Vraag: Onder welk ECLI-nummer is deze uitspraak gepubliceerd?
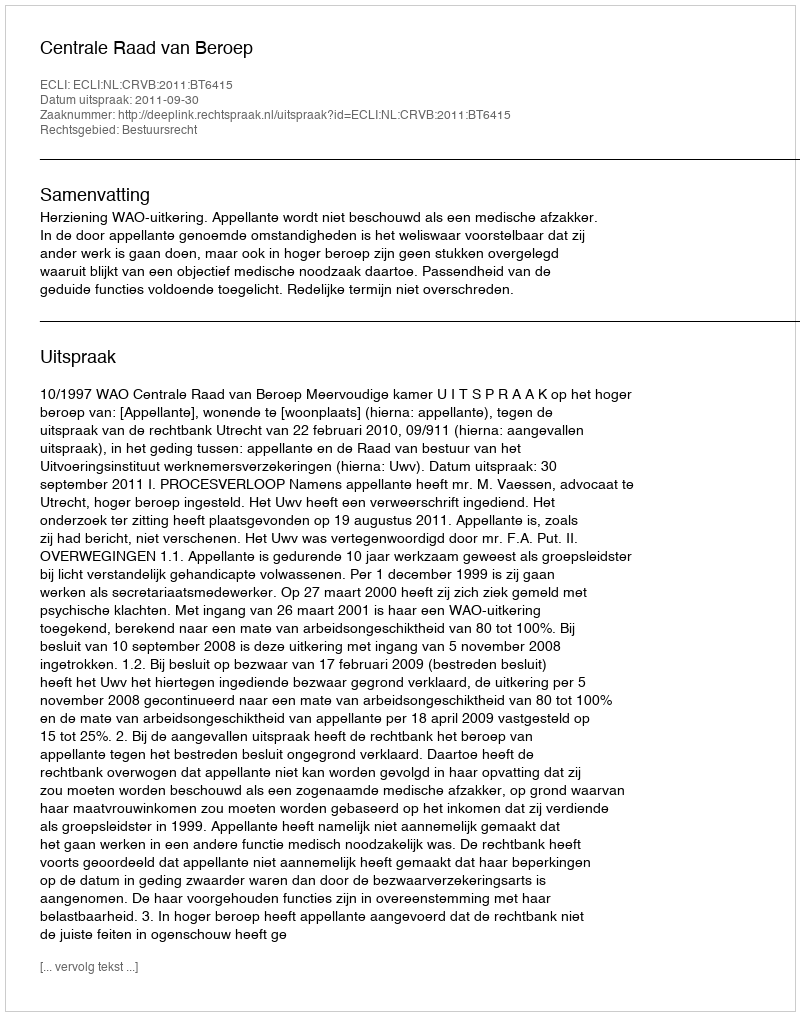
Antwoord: ECLI:NL:CRVB:2011:BT6415